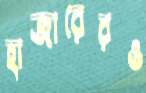
হাজারেরও